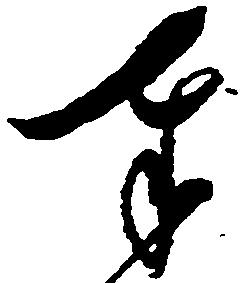
奉